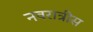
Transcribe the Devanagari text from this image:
नवरात्रीस